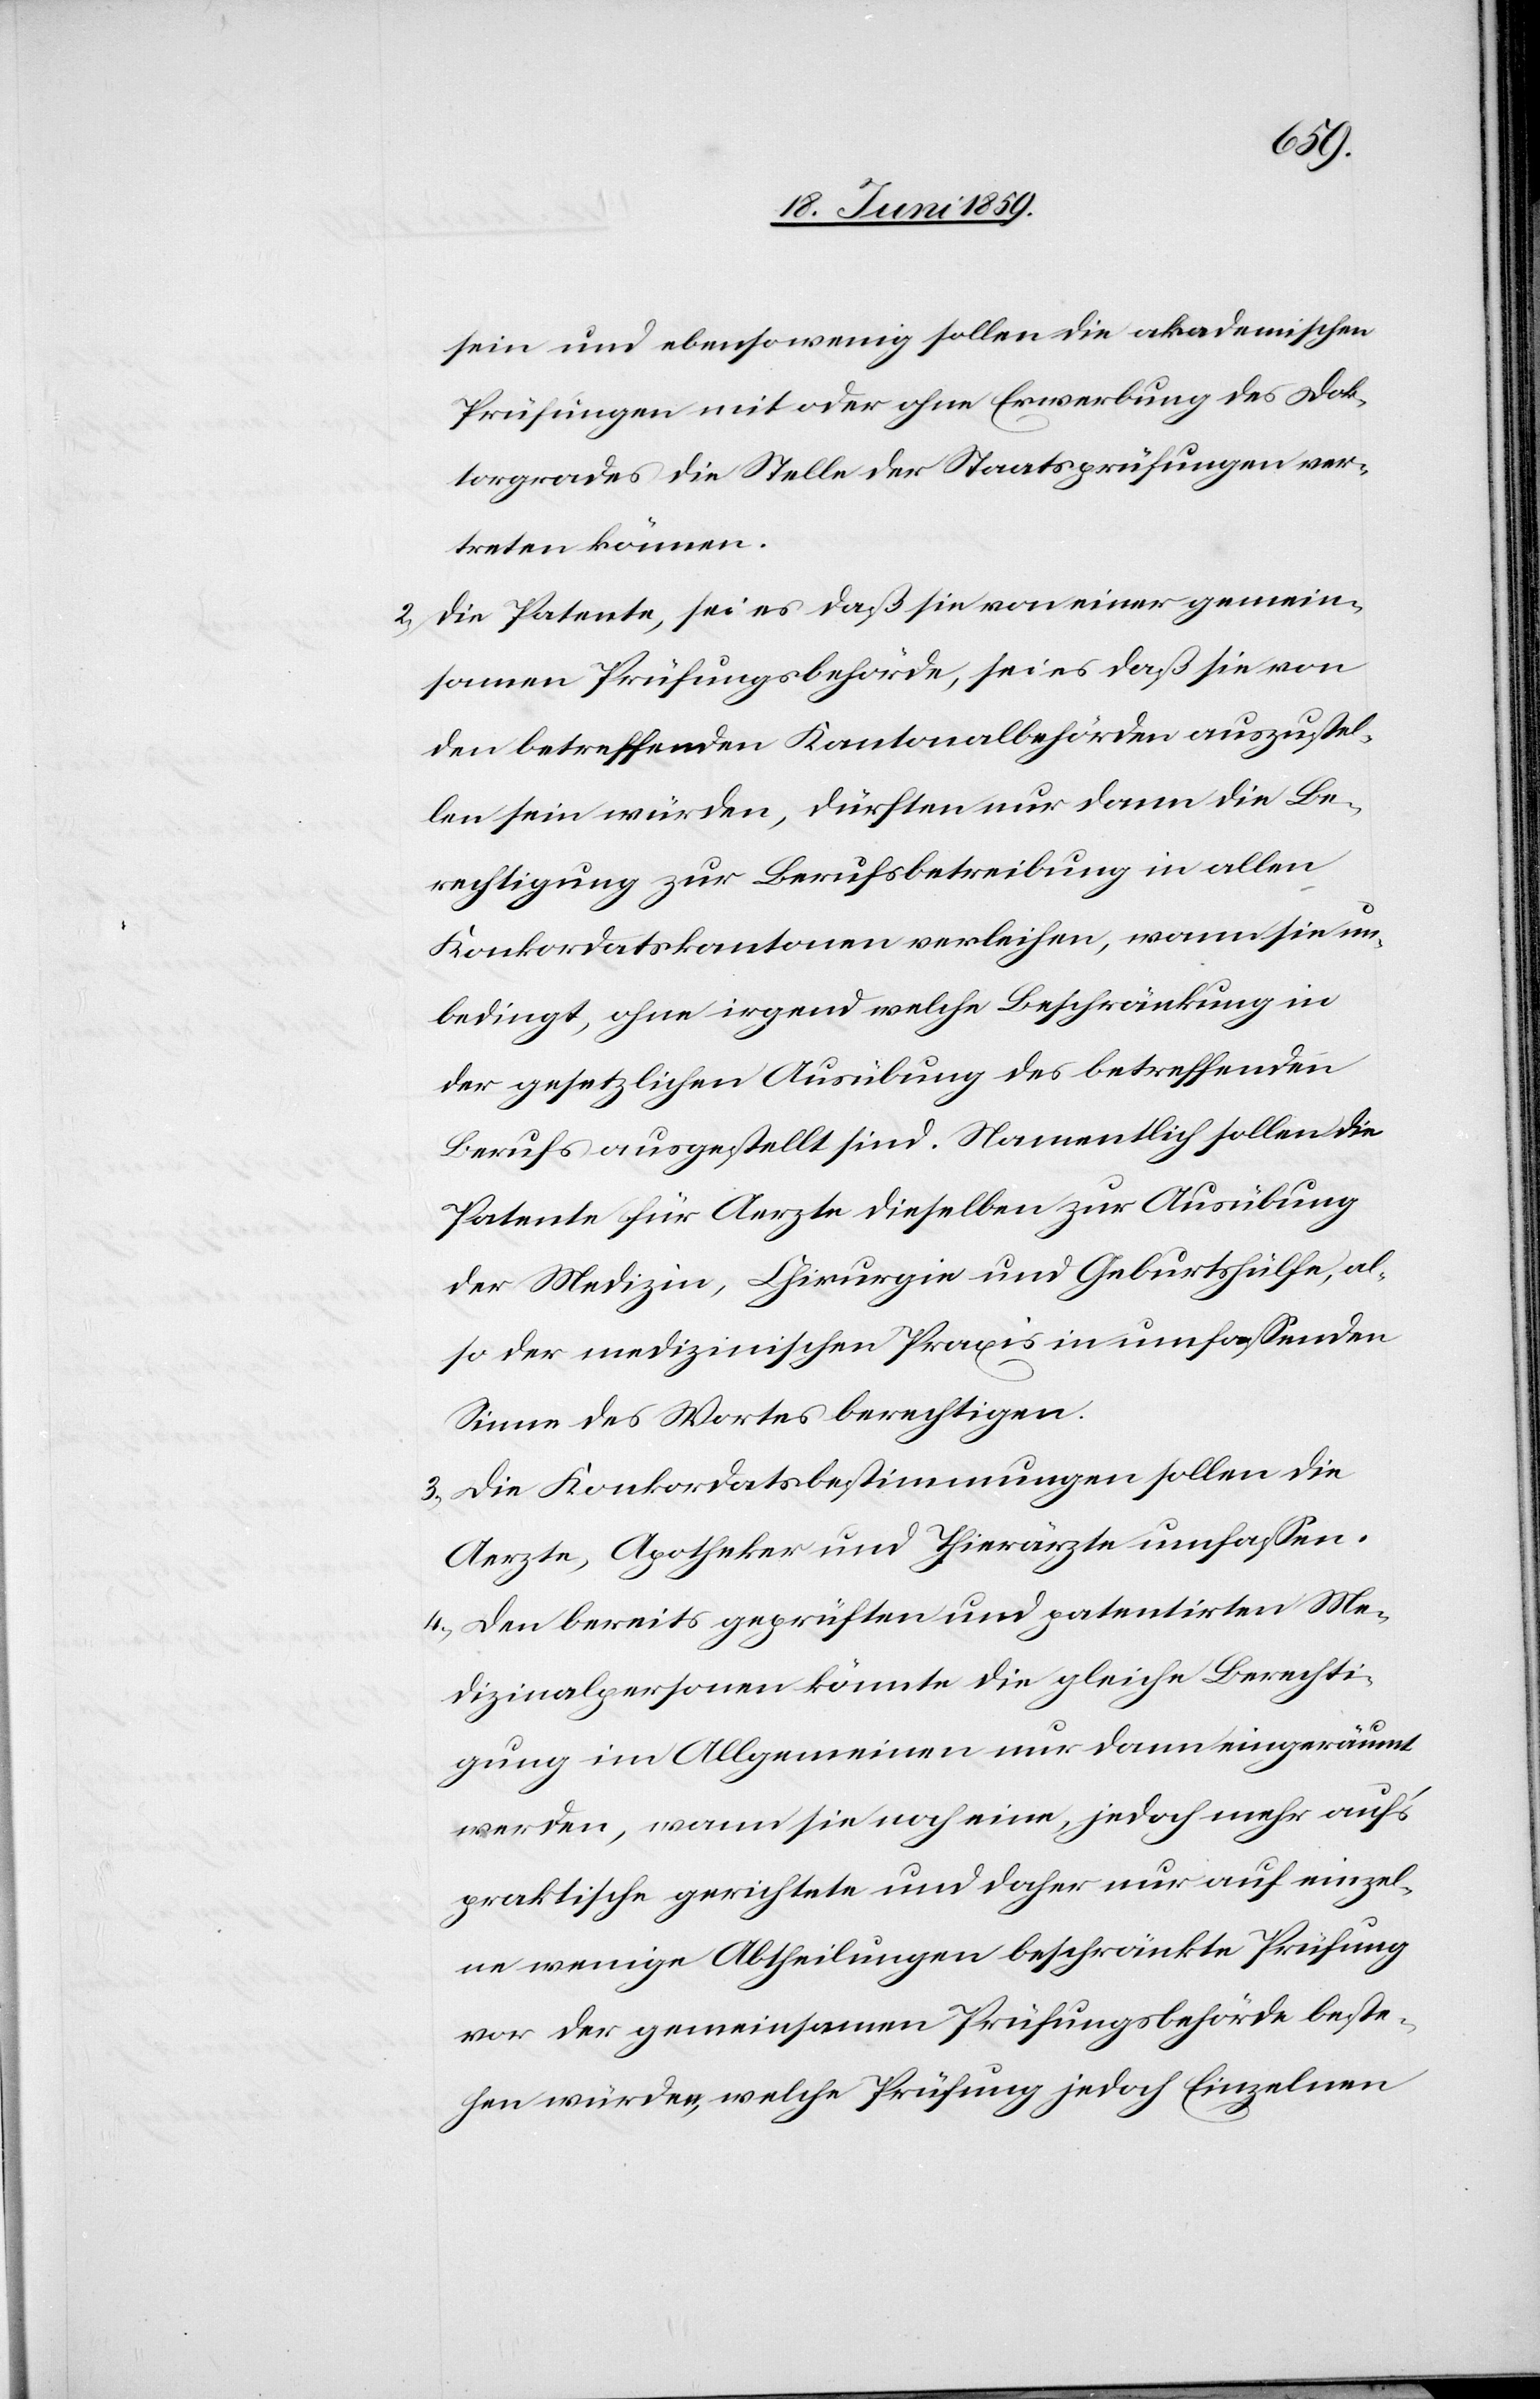
sein und ebensowenig sollen die akademischen
Prüfungen mit oder ohne Ererbung des Dok¬
torgrades die Stelle der Staatsprüfungen ver¬
treten können.
Die Patente, sei es daß sie von einer gemein¬
samen Prüfungsbehörde, sei es daß sie von
den betreffenden Kantonalbehörden auszustel¬
len sein würden, dürften nur dann die Be¬
rechtigung zur Berufsbetreibung in allen
Konkordatskantonen verleihen, wenn sie un¬
bedingt, ohne irgend welche Beschränkung in
der gesetzlichen Ausübung des betreffenden
Berufs ausgestellt sind. Namentlich sollen die
Patente für Aerzte dieselben zu Ausübung
der Medizin, Chirurgie und Geburtshülfe, al¬
so der medizinischen Praxis in umfassenden
Sinne des Wortes berechtigen.
3) Die Konkordatsbestimmungen sollen die
Aerzte, Apotheker und Thierärzte umfassen.
4) Den bereits geprüften und patentirten Me¬
dizinalpersonen könnte die gleiche Berechti¬
gung im Allgemeinen nur dann eingeräumt
werden, wenn sie noch eine, jedoch mehr auf’s
praktische gerichtete und daher nur auf einzel¬
ne wenige Abtheilungen beschränkte Prüfung
vor der gemeinsamen Prüfungsbehörde beste¬
hen würden, welche Prüfung jedoch Einzelnen